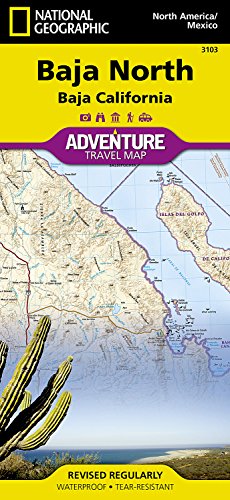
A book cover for Baja North: Baja California [Mexico] (National Geographic Adventure Map); National Geographic Maps - Adventure; Travel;